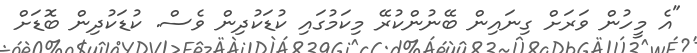
"އެ މީހުން ވަރަށް ގިނައިން ބޭނުންކުރޭ މިކަމުގައި ކުޑަކުދިން ވެސް. ކުޑަކުދިން ބޮޑަށް